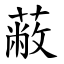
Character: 蔽